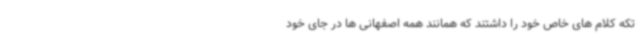
تکه کلام های خاص خود را داشتند که همانند همه اصفهانی ها در جای خود